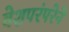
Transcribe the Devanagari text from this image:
वेशपरंपरेने